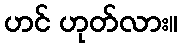
ဟင် ဟုတ်လား။